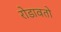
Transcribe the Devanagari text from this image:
रोडावतो